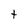
Character: t